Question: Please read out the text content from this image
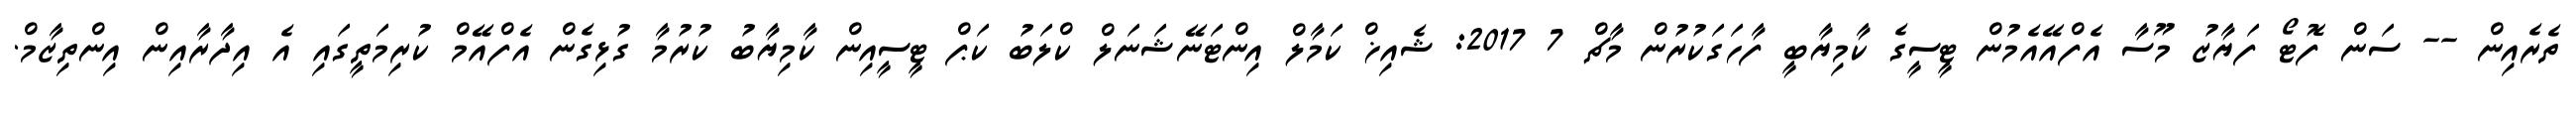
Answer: ތެރެއިން -- ސަން ފޮޓޯ ފަޔާޒު މޫސާ އެފްއޭއެމުން ޓީސީގެ ކާމިޔާބީ ފާހަގަކުރުން މާޗް 7 2017: ޝެއިޚް ކަމާލް އިންޓަނޭޝަނަލް ކްލަބު ކަޕް ޓީސީއިން ކާމިޔާބު ކުރުމާ ގުޅިގެން އެފްއޭމް ކުރިމަތީގައި އެ އިދާރާއިން އިންތިޒާމް.